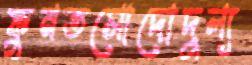
ফুনতসোদোদুল্য